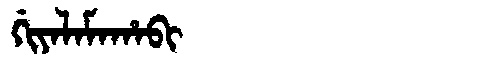
Manchu: ᡤᡳᠶᠠᠯᠠᠮᠠᡥᠠᠪᡳ
Romanization: GIYALAMAHABI